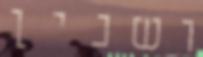
ושנין